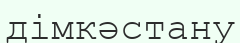
дімкәстану